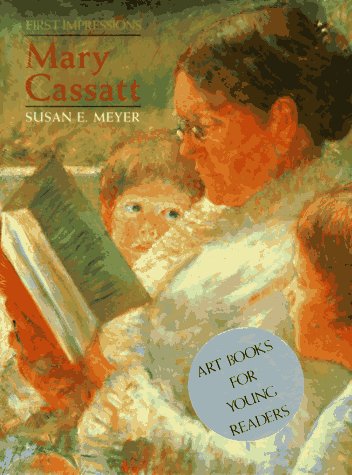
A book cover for First Impressions: Mary Cassatt; Susan E. Meyer; Teen & Young Adult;